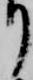
り